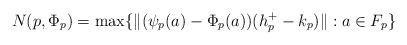
LaTeX: \begin{align*}N(p,\Phi_p) = \max\{\lVert (\psi_p(a)-\Phi_p(a))(h_p^+-k_p)\rVert : a\in F_p\}\end{align*}